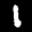
Label: 1